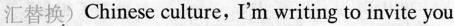
汇替换)Chinese culture, I'm writing to invite you